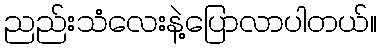
ညည်းသံလေးနဲ့ပြောလာပါတယ်။